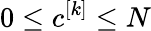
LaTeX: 0\leq c^{[k]}\leq N